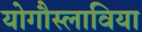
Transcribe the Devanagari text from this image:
योगौस्लाविया